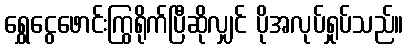
ရွှေငွေဖောင်းကြွရိုက်ပြီဆိုလျှင် ပိုအလုပ်ရှုပ်သည်။